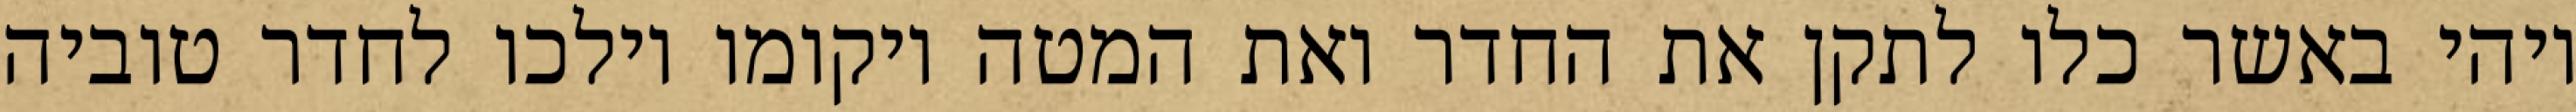
ויהי באשר כלו לתקן את החדר ואת המטה ויקומו וילכו לחדר טוביה